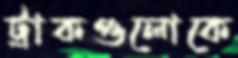
ট্রাকগুলোকে